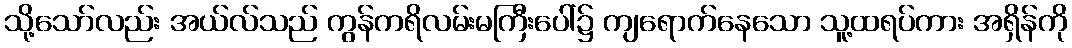
သို့သော်လည်း အယ်လ်သည် ကွန်ကရိလမ်းမကြီးပေါ်၌ ကျရောက်နေသော သူ့ထရပ်ကား အရှိန်ကို